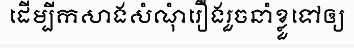
ដើម្បីកសាងសំណុំរឿងរួចនាំខ្លួទៅឲ្យ